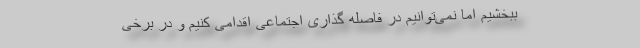
ببخشیم اما نمی‌توانیم در فاصله گذاری اجتماعی اقدامی کنیم و در برخی